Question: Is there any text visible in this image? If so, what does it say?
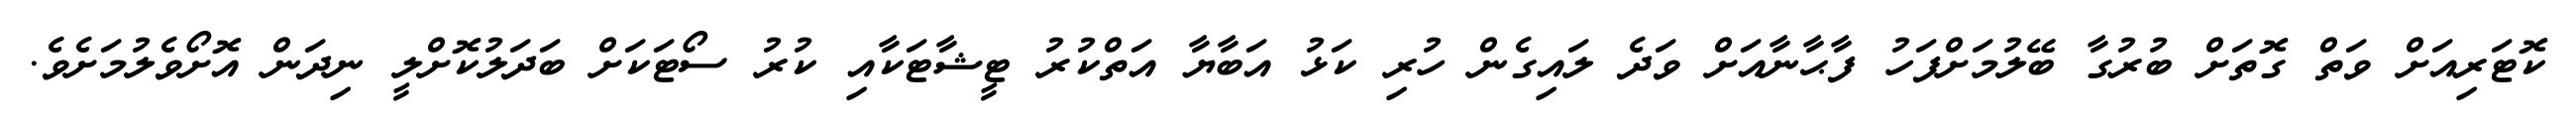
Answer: ކޮޓަރިއަށް ވަތް ގޮތަށް ބުރުގާ ބޭލުމަށްފަހު ފާޙާނާއަށް ވަދެ ލައިގެން ހުރި ކަޅު އަބާޔާ އަތްކުރު ޓީޝާޓަކާއި ކުރު ސޯޓަކަށް ބަދަލުކޮށްލީ ނިދަން އޮށޯވެލުމަށެވެ.